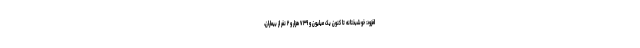
افزود: خوشبختانه تا کنون یک میلیون و ۷۳۹ هزار و ۲ نفر از بیماران،